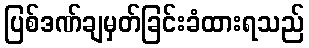
ပြစ်ဒဏ်ချမှတ်ခြင်းခံထားရသည်